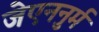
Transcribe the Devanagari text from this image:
जेएननुर्म